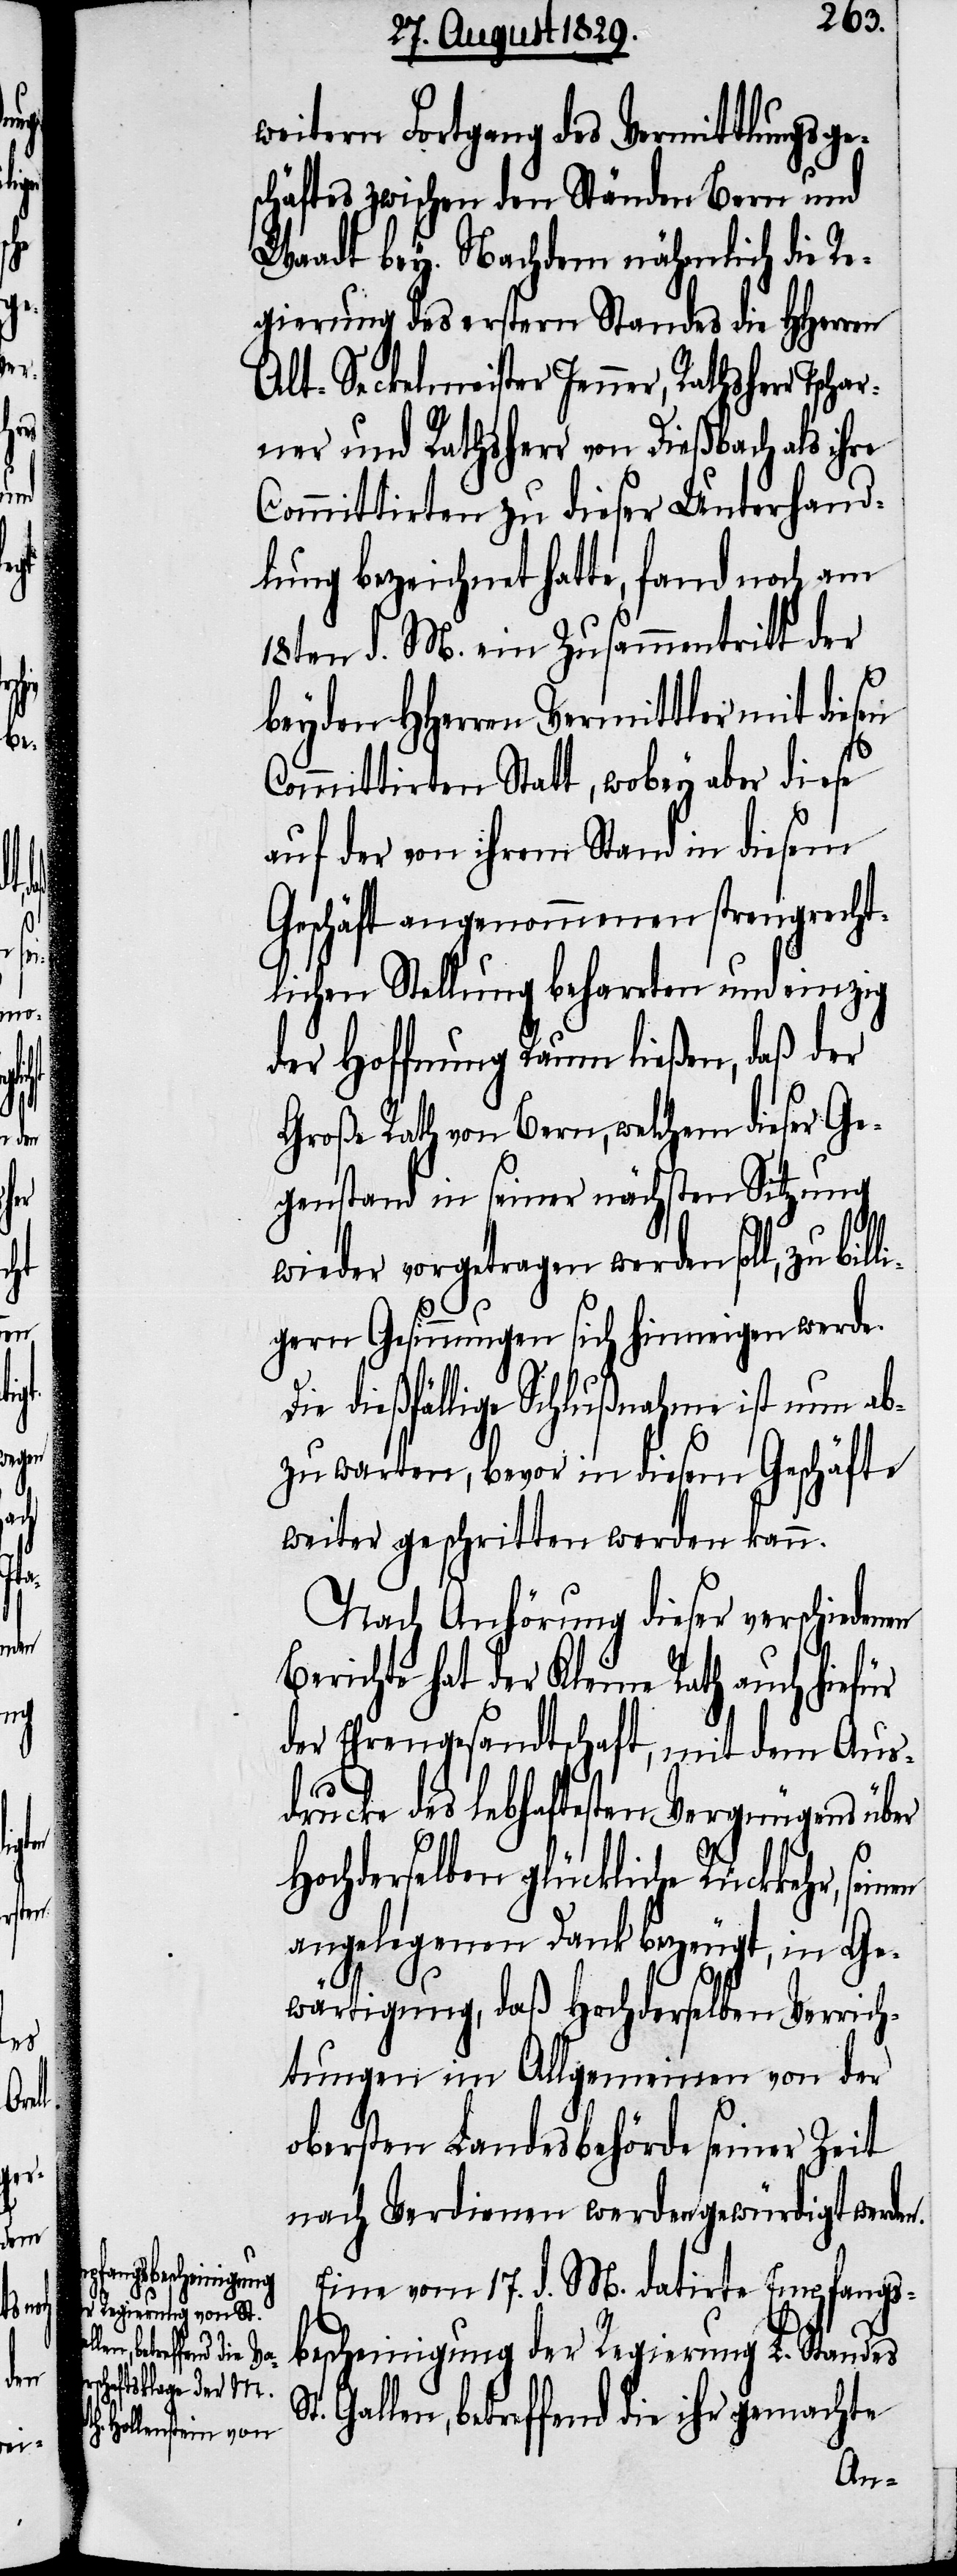
r

en

weitern Fortgang des Vermittlungsge¬
schäftes zwischen den Ständen Bern und
Waadt bey. Nachdem nähmlich die Re¬
gierung des erstern Standes die HHerren
Alt-Seckelmeister Jenner, Rathsher¬
ner und Rathsherr von Dießbach als ihre
Committirten zu dieser Unterhand¬
lung bezeichnet hatte, fand noch am
18ten d. M. ein Zusammentritt der
beyden HHerren Vermittler mit diesen
Committirten Statt, wobey aber diese
auf der von ihrem Stand in diesem
Geschäft angenommenen strengrecht¬
lichen Stellung beharrten und einzig
der Hoffnung Raum ließen, daß der
Große Rath von Bern, welchem dieser Ge¬
genstand in seiner nächsten Sitzung
St.
wieder vorgetragen werden soll, zu billi¬
gern Gesinnungen sich hinneigen werde.
Die dießfällige Schlußnahme ist nun ab¬
zuwarten, bevor in diesem Geschäfte
weiter geschritten werden kann.
Nach Anhörung dieser verschiedenen
Berichte hat der Kleine Rath auch hiefür
der Ehrengesandtschaft, mit dem Aus¬
drucke des lebhaften Vergnügens über
Hochderselben glückliche Rückkehr,
angelegenen Dank bezeugt, in Ge¬
wärtigung, daß Hochderselben Verrich¬
tungen im Allgemeinen von der
obersten Landesbehörde seiner Zeit
nach Verdienen werden gewürdigt werden.
Eine vom 17. d. M. datirte Empfangs¬
bescheinigung der Regierung L. Standes
Gallen, betreffend die ihr gemachte